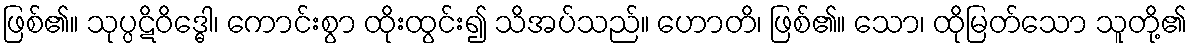
ဖြစ်၏။ သုပ္ပဋိဝိဒ္ဓေါ၊ ကောင်းစွာ ထိုးထွင်း၍ သိအပ်သည်။ ဟောတိ၊ ဖြစ်၏။ သော၊ ထိုမြတ်သော သူတို့၏